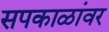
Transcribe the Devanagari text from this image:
सपकाळांवर